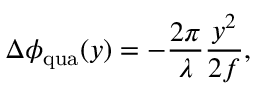
\Delta \phi _ { \mathrm { q u a } } ( y ) = - \frac { 2 \pi } { \lambda } \frac { y ^ { 2 } } { 2 f } ,